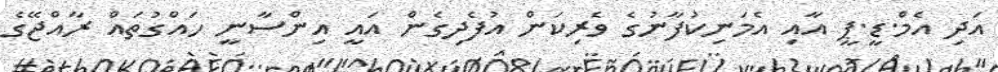
އަދި އެމް.ޑީ.ޕީ އާއި އެމަނިކުފާނުގެ ވެރިކަން އުފެދިގެން އައީ އިންސާނީ ހައްގުތައް ރާއްޖޭގެ